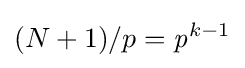
(N+1)/p={\mathit {p}}^{k-1}